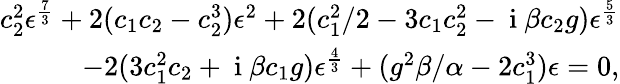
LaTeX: \begin{array}{r}{c_{2}^{2}\epsilon^{\frac{7}{3}}+2(c_{1}c_{2}-c_{2}^{3})\epsilon^{2}+2({c_{1}^{2}}/{2}-3c_{1}c_{2}^{2}-\mathrm{~i~}\beta c_{2}g)\epsilon^{\frac{5}{3}}}\\ {-2(3c_{1}^{2}c_{2}+\mathrm{~i~}\beta c_{1}g)\epsilon^{\frac{4}{3}}+(g^{2}\beta/\alpha-2c_{1}^{3})\epsilon=0,}\end{array}